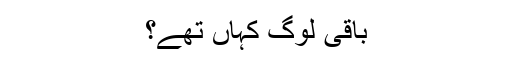
باقی لوگ کہاں تھے؟